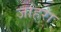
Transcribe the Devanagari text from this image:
जाहरा